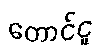
တောင်ငူ